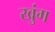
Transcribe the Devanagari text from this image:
खुंग